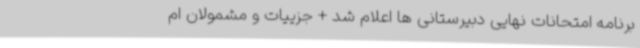
برنامه امتحانات نهایی دبیرستانی ها اعلام شد + جزییات و مشمولان ام